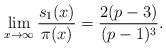
LaTeX: \begin{align*}\lim_{x\to \infty}\frac{s_1(x)}{\pi(x)} = \frac{2(p-3)}{(p-1)^3}.\end{align*}